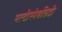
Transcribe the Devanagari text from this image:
मल्टीस्पेशलिटी